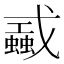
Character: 𢨜